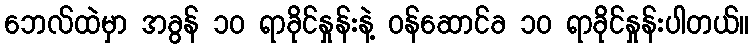
ဘေလ်ထဲမှာ အခွန် ၁၀ ရာခိုင်နှုန်းနဲ့ ဝန်ဆောင်ခ ၁၀ ရာခိုင်နှုန်းပါတယ်။